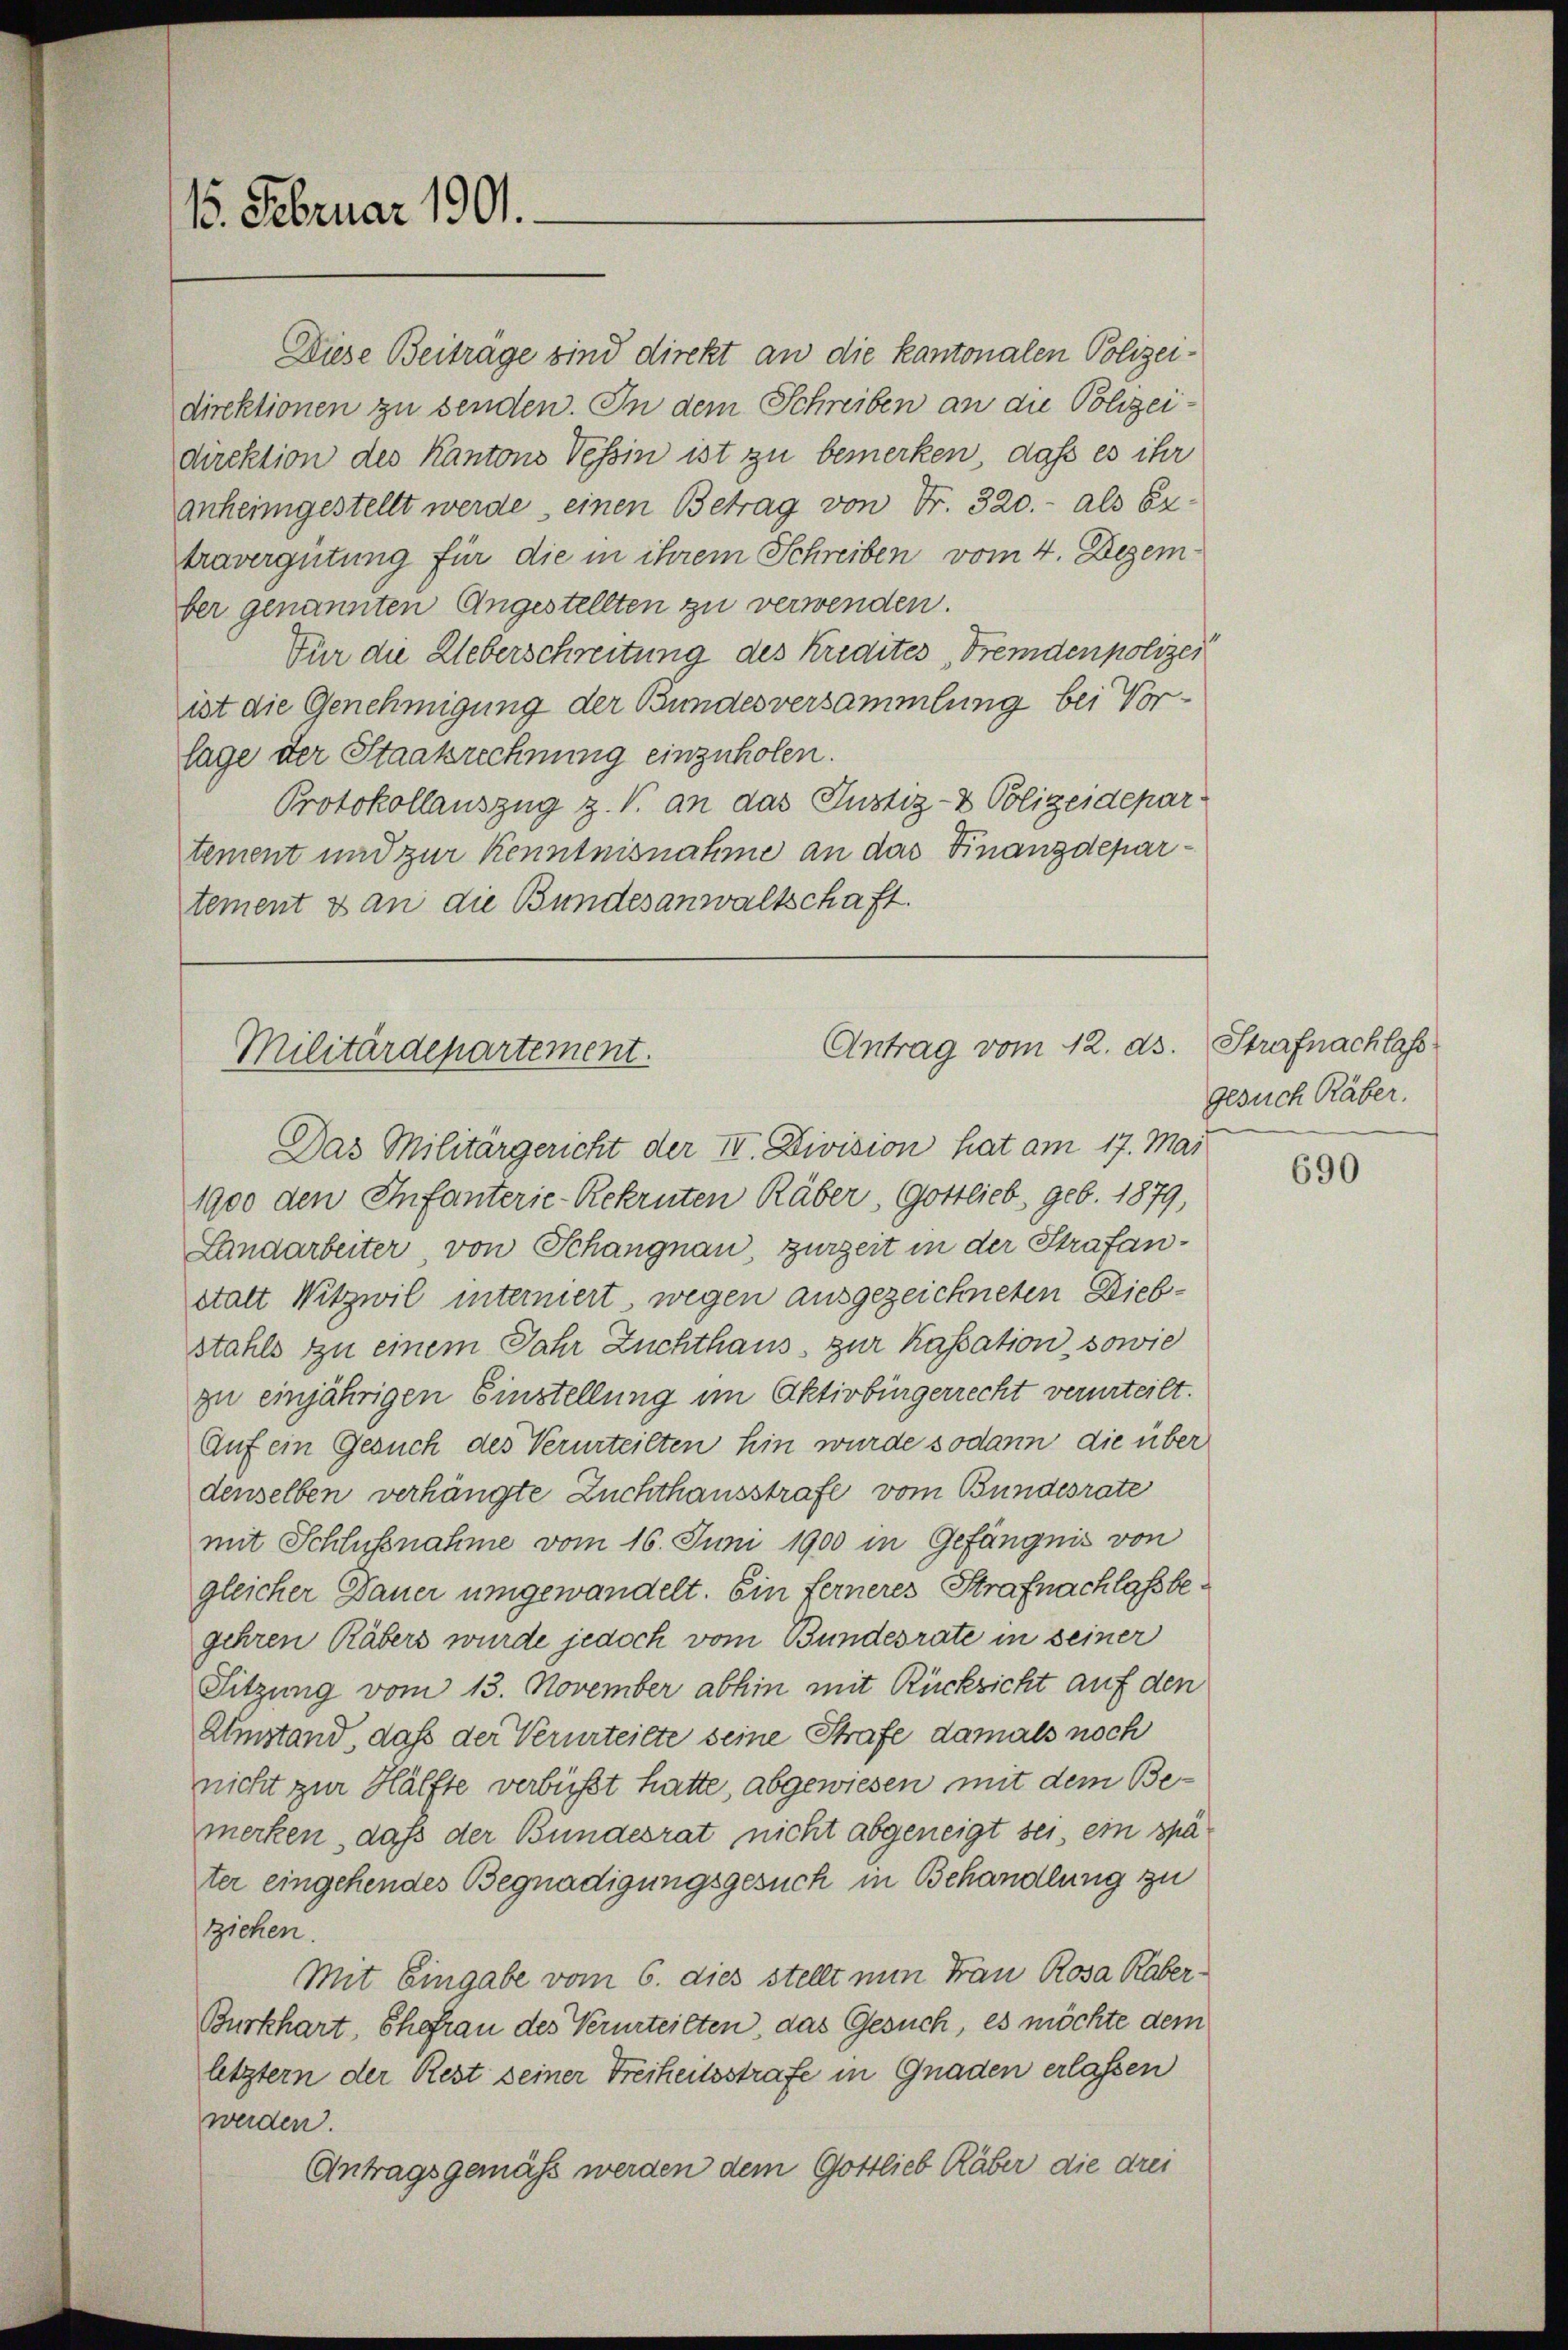
15. Februar 1901.

Diese Beitrage sind direkt an die kantonalen Polizeidirektionen zu senden. In dem Schreiben an die Polizeidirektion des Kantons Vessin ist zu bemerken, daß es ihr
anheimgestellt werde, einen Betrag von Fr. 320.- als Extravergütung für die in ihrem Schreiben vom 4. Dezember genannten Angestellten zu verwenden.
Für die Ueberschreitung des Kredites Fremdenpolizei
ist die Genehmigung der Bundesversammlung bei Vor-
lage der Staakrechnung einzuholen.
Protokollauszug z. V. an das Justiz- & Polizeidepartement und zur Kenntnisnahme an das Finanzdepartement & an die Bundesanwaltschaft.

Antrag vom 12. ds.
Militärdepartement.

Das Militärgericht der II. Division hat am 17. Mai
1900 den Infanterie-Rekruten Räber, Gottlieb, geb. 1879,
Landarbeiter, von Schangnau zurzeit in der Strafanstatt Witzwil interniert wegen ausgezeichneten Diebstahls zu einem Jahr Zuchthaus, zur Kassation, sowie
zu einjährigen Einstellung im Aktivbürgerrecht verurteilt.
Auf ein Gesuch des Verurteilten hin wurde sodann die über
denselben verhängte Zuchthausstrafe vom Bundesrate
mit Schlussnahme vom 16. Juni 1900 in Gefängnis von
gleicher Dauer umgewandelt. Ein ferneres Strafnachlass begehren Räbers wurde jedoch vom Bundesrate in seiner
Sitzung vom 13. November abhin mit Rücksicht auf den
Umstand, daß der Verurteilte seine Strafe damals noch
nicht zur Hälfte verbüßt hatte, abgewiesen mit dem Bemerken, daß der Bundesrat, nicht abgeneigt sei, ein spä
ter eingehendes Begnadigungsgesuch in Behandlung zu
ziehen.
Mit Eingabe vom 6. dies stellt nun Frau Rosa Raber¬
Burkhart, Ehefrau des Verurteilten, das Gesuch, es möchte dem
letztern der Rest seiner Freiheitsstrafe in Gnaden erlassen
werden.
Antragsgemäß werden dem Gottlieb Räber die drei

Strafnachlass
gesuch Räber.

690